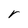
Character: r